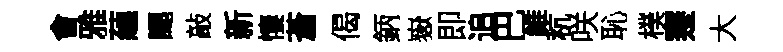
㑹雅蘊颸敲新悽蒼偈鈵嶽即追巴維秔咲恥樸蹇大